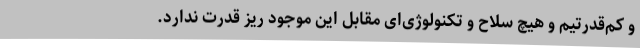
و کم‌قدرتیم و هیچ سلاح و تکنولوژی‌ای مقابل این موجود ریز قدرت ندارد.